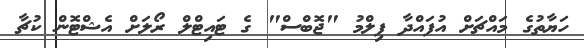
ހަޔާތުގެ މައްޗަށް އުފައްދާ ފިލްމު "ޖޮބްސް" ގެ ޓައިޓްލް ރޯލަށް އެޝްޓޮން ކުޗާ